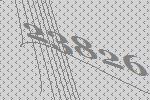
23826